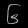
Digit: ၆